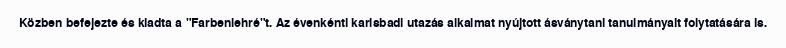
Közben befejezte és kiadta a "Farbenlehré"t. Az évenkénti karlsbadi utazás alkalmat nyújtott ásványtani tanulmányait folytatására is.